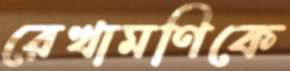
রেখামণিকে